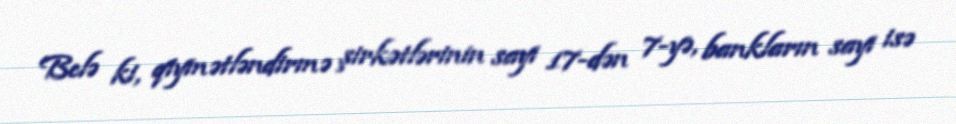
Belə ki, qiymətləndirmə şirkətlərinin sayı 17-dən 7-yə, bankların sayı isə